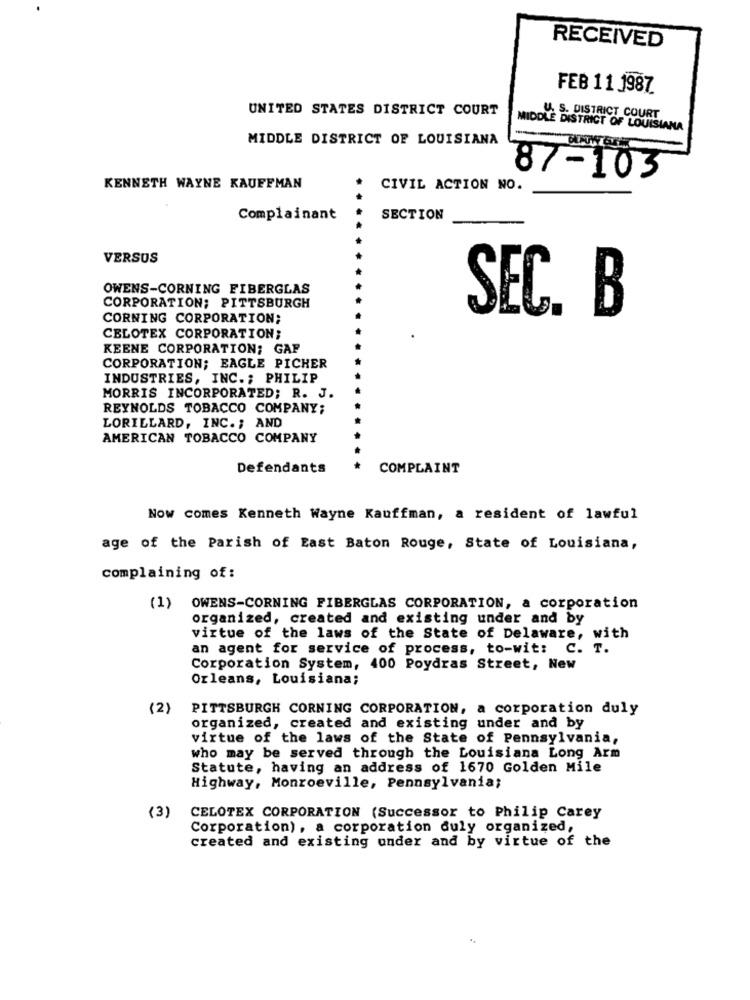
RECEIVED
FEB 11 1987
UNITED STATES DISTRICT COURT
U. S. DISTRICT COURT
MIDDLE DISTRICT OF LOUISIANA
MIDDLE DISTRICT OF LOUISIANA
87-103
KENNETH WAYNE KAUFFMAN
CIVIL ACTION NO.
Complainant
SECTION
VERSUS
OWENS-CORNING FIBERGLAS
CORPORATION; PITTSBURGH
SEC. B
CORNING CORPORATION;
CELOTEX CORPORATION;
.
KEENE CORPORATION; GAP
CORPORATION; EAGLE PICHER
INDUSTRIES, INC .; PHILIP
MORRIS INCORPORATED; R. J.
REYNOLDS TOBACCO COMPANY;
LORILLARD, INC. ; AND
AMERICAN TOBACCO COMPANY
Defendants
COMPLAINT
Now comes Kenneth Wayne Kauffman, a resident of lawful
age of the Parish of East Baton Rouge, State of Louisiana,
complaining of :
(1)
OWENS-CORNING FIBERGLAS CORPORATION, a corporation
organized, created and existing under and by
virtue of the laws of the State of Delaware, with
an agent for service of process, to-wit: C. T.
Corporation System, 400 Poydras Street, New
Orleans, Louisiana;
(2)
PITTSBURGH CORNING CORPORATION, a corporation duly
organized, created and existing under and by
virtue of the laws of the State of Pennsylvania,
who may be served through the Louisiana Long Arm
Statute, having an address of 1670 Golden Mile
Highway, Monroeville, Pennsylvania;
(3)
CELOTEX CORPORATION (Successor to Philip Carey
Corporation), a corporation duly organized,
created and existing under and by virtue of the